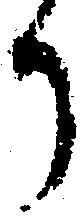
り